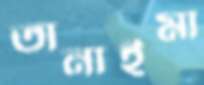
তানাইমা